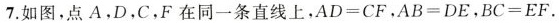
7.如图，点A，D，C，F在同一条直线上，$$A D = C F$$，$$A B = D E$$，$$B C = E F$$。